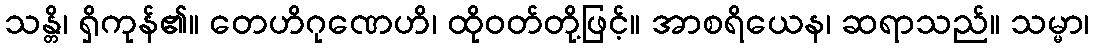
သန္တိ၊ ရှိကုန်၏။ တေဟိဂုဏေဟိ၊ ထိုဝတ်တို့ဖြင့်။ အာစရိယေန၊ ဆရာသည်။ သမ္မာ၊